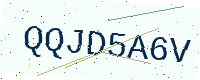
Text: QQJD5A6V